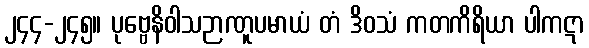
၂၄၄-၂၄၅။ ပုဗ္ဗေနိဝါသဉာဏူပမာယံ တံ ဒိဝသံ ကတကိရိယာ ပါကဋာ